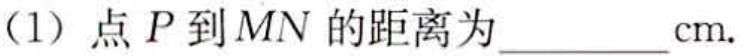
(1) 点 \(P\) 到 \(MN\) 的距离为 \(\underline{\quad\quad}\text{cm}.\)